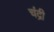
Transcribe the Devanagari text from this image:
चंद्री